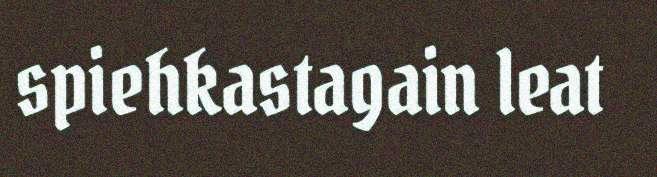
spiehkastagain leat